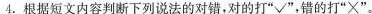
4.根据短文内容判断下列说法的对错，对的打”√”，错的打”×”。